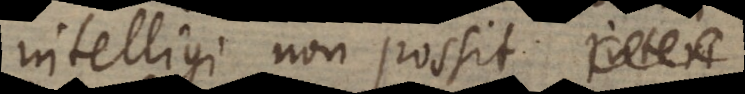
intelligi non possit.